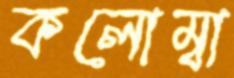
কলোম্বা